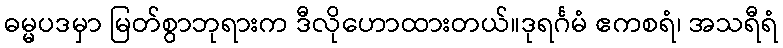
ဓမ္မပဒမှာ မြတ်စွာဘုရားက ဒီလိုဟောထားတယ်။ဒုရင်္ဂမံ ဧကစရံ၊ အသရီရံ